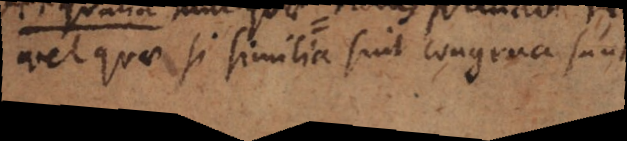
vel quae si similia sint congrua sunt